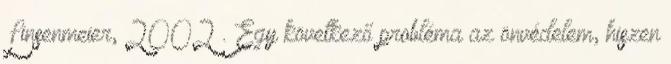
Linsenmeier, 2002 . Egy következő probléma az önvédelem, hiszen